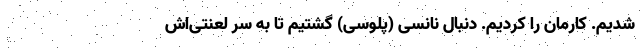
شدیم. کارمان را کردیم. دنبال نانسی (پلوسی) گشتیم تا به سر لعنتی‌اش